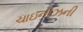
ચાઇનીઝની